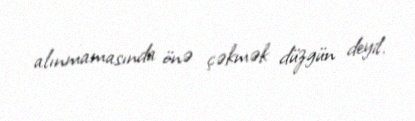
alınmamasında önə çəkmək düzgün deyil.